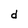
Character: d